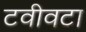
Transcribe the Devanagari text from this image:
टवीवटा